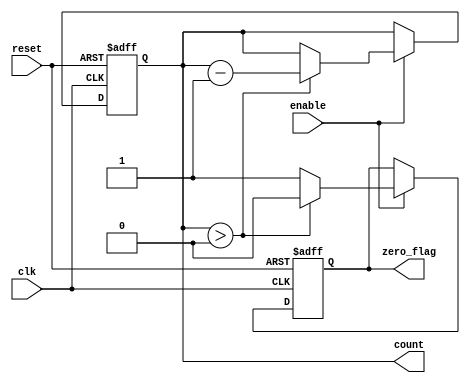
module decremental_counter #(
    parameter WIDTH = 8,         // Width of the counter (number of bits)
    parameter MAX_COUNT = 255    // Maximum count value (for an 8-bit counter)
)(
    input wire clk,              // Clock input
    input wire reset,            // Reset signal
    input wire enable,           // Enable signal to allow decrementing
    output reg [WIDTH-1:0] count, // Current count value
    output reg zero_flag         // Flag indicating that the count has reached zero
);

// Initial block to set the counter to MAX_COUNT on reset
always @(posedge clk or posedge reset) begin
    if (reset) begin
        count <= MAX_COUNT;      // Reset the counter to maximum value
        zero_flag <= 1'b0;       // Reset the zero flag
    end else if (enable) begin
        if (count > 0) begin
            count <= count - 1;  // Decrement the counter
            zero_flag <= 1'b0;    // Clear the zero flag
        end else begin
            zero_flag <= 1'b1;    // Set the zero flag if count is zero
        end
    end
end

endmodule